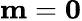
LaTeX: \mathbf m={\mathbf 0}